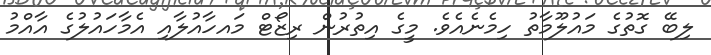
ލިބޭ ގޮތުގެ މައުލޫމާތު ހިމެނެއެވެ. މީގެ އިތުރުން ރިޒޯޓް މައހާއުލާއި އެމާހައުލުގެ އާއްމު